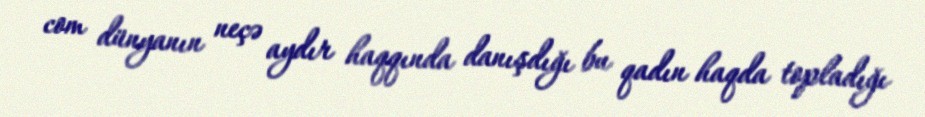
com dünyanın neçə aydır haqqında danışdığı bu qadın haqda topladığı